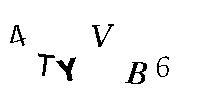
4TYVB6